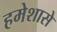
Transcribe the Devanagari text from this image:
हमेशासे